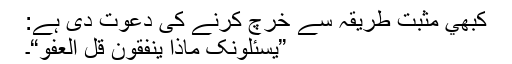
کبھي مثبت طريقہ سے خرچ کرنے کى دعوت دى ہے:
”يسئلونک ماذا ينفقون قل العفو“۔